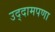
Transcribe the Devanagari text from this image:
उद्दामपणा